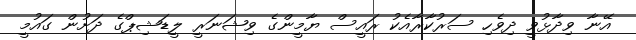
އޭނާ ވިދާޅުވީ ދިވެހި ސަރުކާރާއެކު ރައީސް ޔާމީންގެ ވިޝަނަރީ ލީޑަޝިޕްގެ ދަށުން ގައުމީ